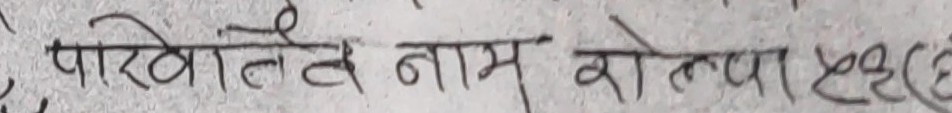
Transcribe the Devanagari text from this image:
पार्वतीले नाम रोल्पा १२२ (६